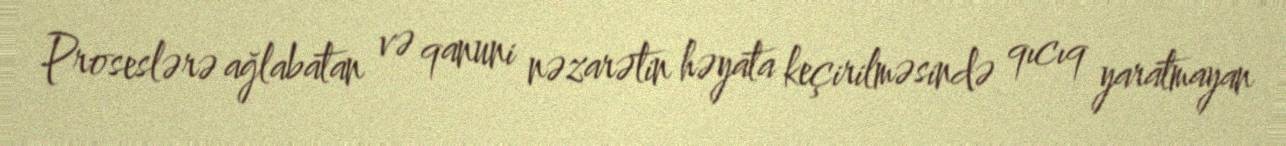
Proseslərə ağlabatan və qanuni nəzarətin həyata keçirilməsində qıcıq yaratmayan